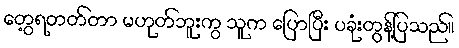
တွေ့ရတတ်တာ မဟုတ်ဘူးကွ သူက ပြောပြီး ပခုံးတွန့်ပြသည်။